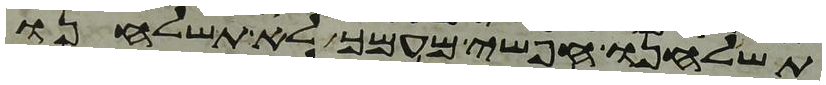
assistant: תשלחנו חפשי מעמך לא תשלחנו